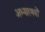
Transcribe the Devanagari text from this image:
अभ्यारणयों